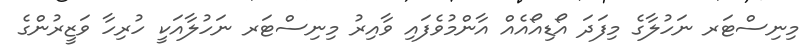
މިނިސްޓަރ ނަހުލާގެ މިފަދަ އޯޑިއޯއެއް އާންމުވެފައި ވާއިރު މިނިސްޓަރ ނަހުލާއަކީ ހުރިހާ ވަޒީރުންގެ